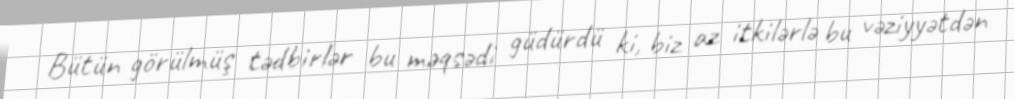
Bütün görülmüş tədbirlər bu məqsədi güdürdü ki, biz az itkilərlə bu vəziyyətdən